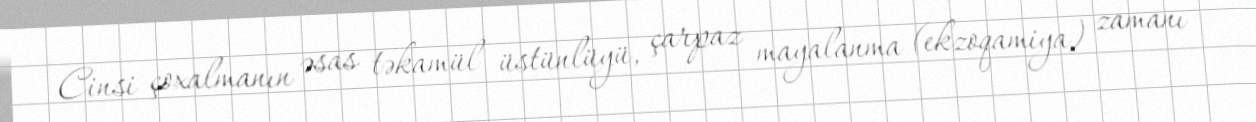
Cinsi çoxalmanın əsas təkamül üstünlüyü, çarpaz mayalanma (ekzoqamiya) zamanı